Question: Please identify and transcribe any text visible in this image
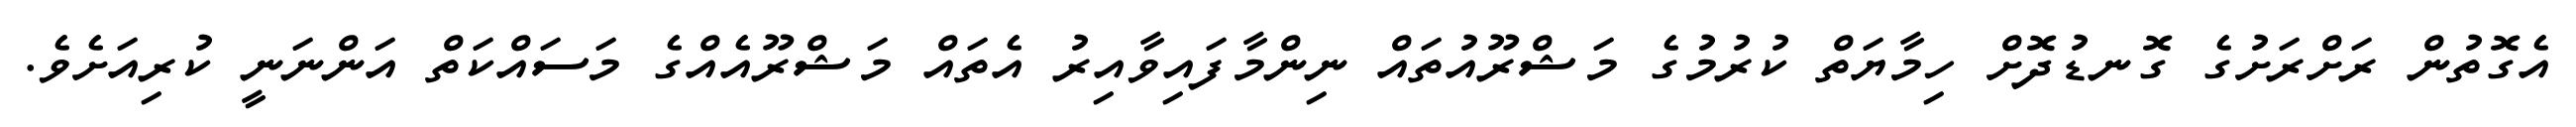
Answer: އެގޮތުން ރަށްރަށުގެ ގޮނޑުދޮށް ހިމާޔަތް ކުރުމުގެ މަޝްރޫއުތައް ނިންމާފައިވާއިރު އެތައް މަޝްރޫއެއްގެ މަސައްކަތް އަންނަނީ ކުރިއަށެވެ.